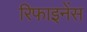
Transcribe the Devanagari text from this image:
रिफाइनेंस